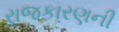
રાજકારણની